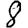
Digit: 8